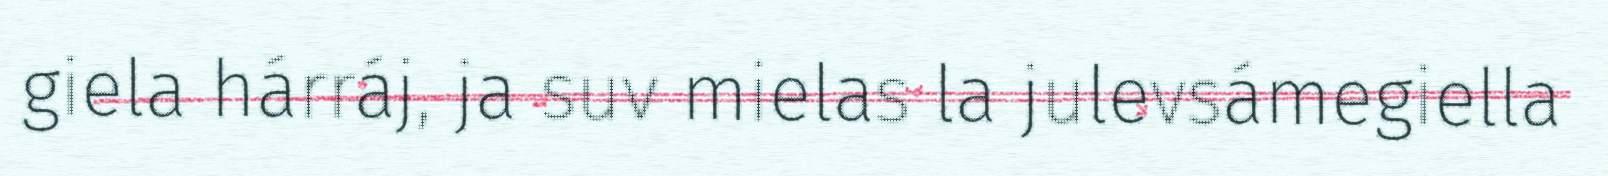
giela hárráj, ja suv mielas la julevsámegiella